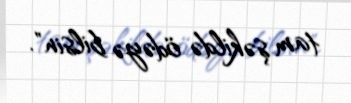
tam şəkildə ödəyə bilsin".